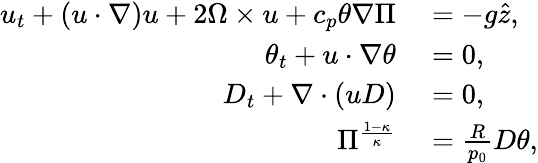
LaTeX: \begin{array}{rl}{u_{t}+(u\cdot\nabla)u+2\Omega\times u+c_{p}\theta\nabla\Pi}&{{}=-g\hat{z},}\\ {\theta_{t}+u\cdot\nabla\theta}&{{}=0,}\\ {D_{t}+\nabla\cdot(uD)}&{{}=0,}\\ {\Pi^{\frac{1-\kappa}{\kappa}}}&{{}=\frac{R}{p_{0}}D\theta,}\end{array}